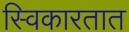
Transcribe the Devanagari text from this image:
स्विकारतात